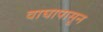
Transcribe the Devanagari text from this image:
वाघापासून